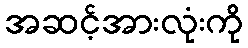
အဆင့်အားလုံးကို